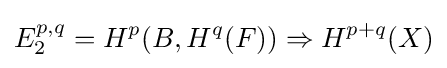
E_{2}^{p,q}=H^{p}(B,H^{q}(F))\Rightarrow H^{p+q}(X)